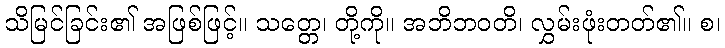
သိမြင်ခြင်း၏ အဖြစ်ဖြင့်။ သတ္တေ၊ တို့ကို။ အဘိဘဝတိ၊ လွှမ်းဖုံးတတ်၏။ စ၊